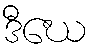
ဒီဃေ